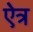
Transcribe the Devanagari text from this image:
ऐत्र